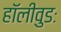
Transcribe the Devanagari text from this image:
हॉलीवुडः